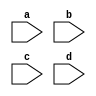
`timescale 1ns / 1ps

module SytemX_1(
input wire a,
input wire b,
input wire c,
input wire d
    );
assign d = ( a ^ b ) ^ c;

endmodule